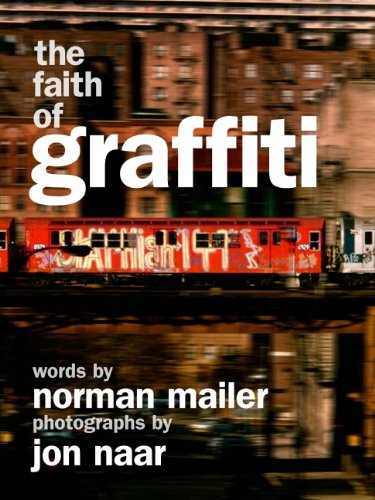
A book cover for The Faith of Graffiti; Norman Mailer; Arts & Photography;